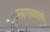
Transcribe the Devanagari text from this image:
स्वराध्यायों